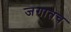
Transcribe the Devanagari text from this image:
जगातच